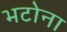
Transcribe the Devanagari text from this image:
भटोना